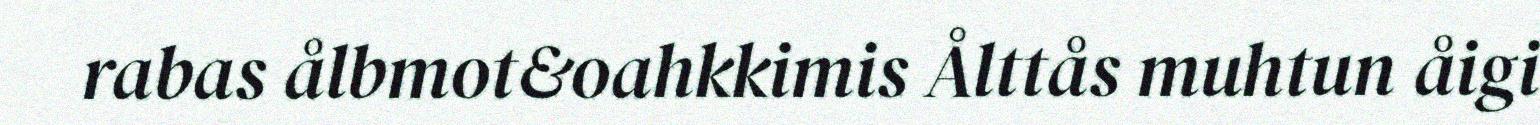
rabas ålbmot&oahkkimis Ålttås muhtun åigi